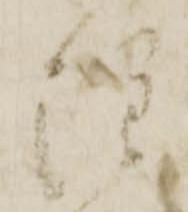
注